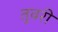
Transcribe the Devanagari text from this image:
तुवरी